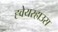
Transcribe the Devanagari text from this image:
ह्वेयरहाउस